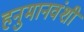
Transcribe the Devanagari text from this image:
हनुमानवंशी